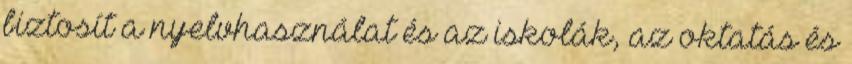
biztosít a nyelvhasználat és az iskolák, az oktatás és